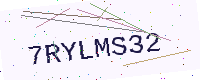
Text: 7RYLMS32